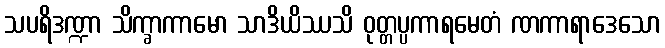
သပရိဒဏ္ဍာ သိက္ခာကာမော သာဒိယိဿသိ ဝုတ္တပ္ပကာရမေတံ ဏကာရာဒေသော